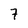
Character: 7